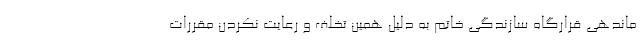
ماندهی قرارگاه سازندگی خاتم به دلیل همین تخلف و رعایت نکردن مقررات